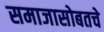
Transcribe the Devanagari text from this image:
समाजासोबतचे